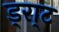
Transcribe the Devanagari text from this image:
ड्रा्ट